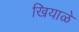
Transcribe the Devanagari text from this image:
खियाळे